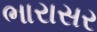
ભારાસર